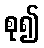
စု၍